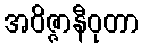
အဝိဇ္ဇာနီဝုတာ